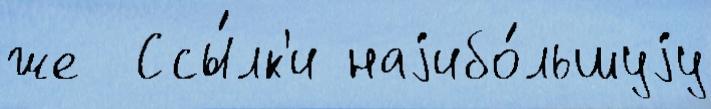
же  Ссы́лк'и наjибо́льшуjу